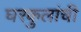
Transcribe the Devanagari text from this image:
घरकुलांची